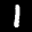
Label: 1